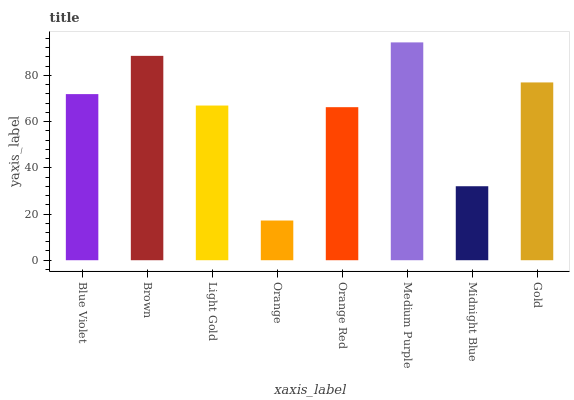
| xaxis_label | bars |
 | --- | --- |
 | Blue Violet | 71.9 |
 | Brown | 88.4 |
 | Light Gold | 66.9 |
 | Orange | 17.2 |
 | Orange Red | 66.2 |
 | Medium Purple | 94.3 |
 | Midnight Blue | 32 |
 | Gold | 76.9 |